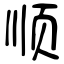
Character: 顺